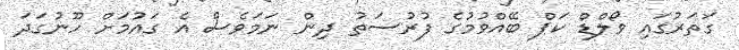
ގަތަރުގައި ވޯލްޑް ކަޕް ބޭއްވުމުގެ ފުރުސަތު ދިން ނަމަވެސް އެ ގައުމަށް ހޫނުގަދަ